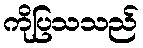
ကိုပြသသည်